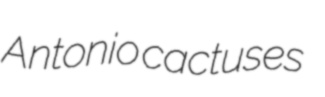
Antonio cactuses